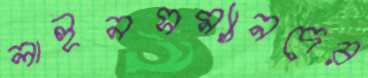
লাইনসম্যানদের